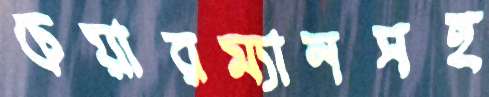
চেয়ারম্যানসহ